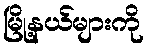
မြို့နယ်များကို